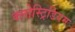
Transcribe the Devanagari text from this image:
क्लोस्ट्रिडियम